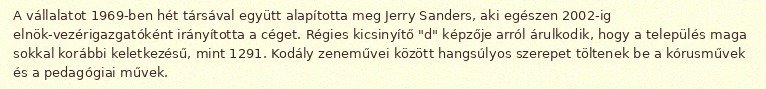
A vállalatot 1969-ben hét társával együtt alapította meg Jerry Sanders, aki egészen 2002-ig elnök-vezérigazgatóként irányította a céget. Régies kicsinyítő "d" képzője arról árulkodik, hogy a település maga sokkal korábbi keletkezésű, mint 1291. Kodály zeneművei között hangsúlyos szerepet töltenek be a kórusművek és a pedagógiai művek.